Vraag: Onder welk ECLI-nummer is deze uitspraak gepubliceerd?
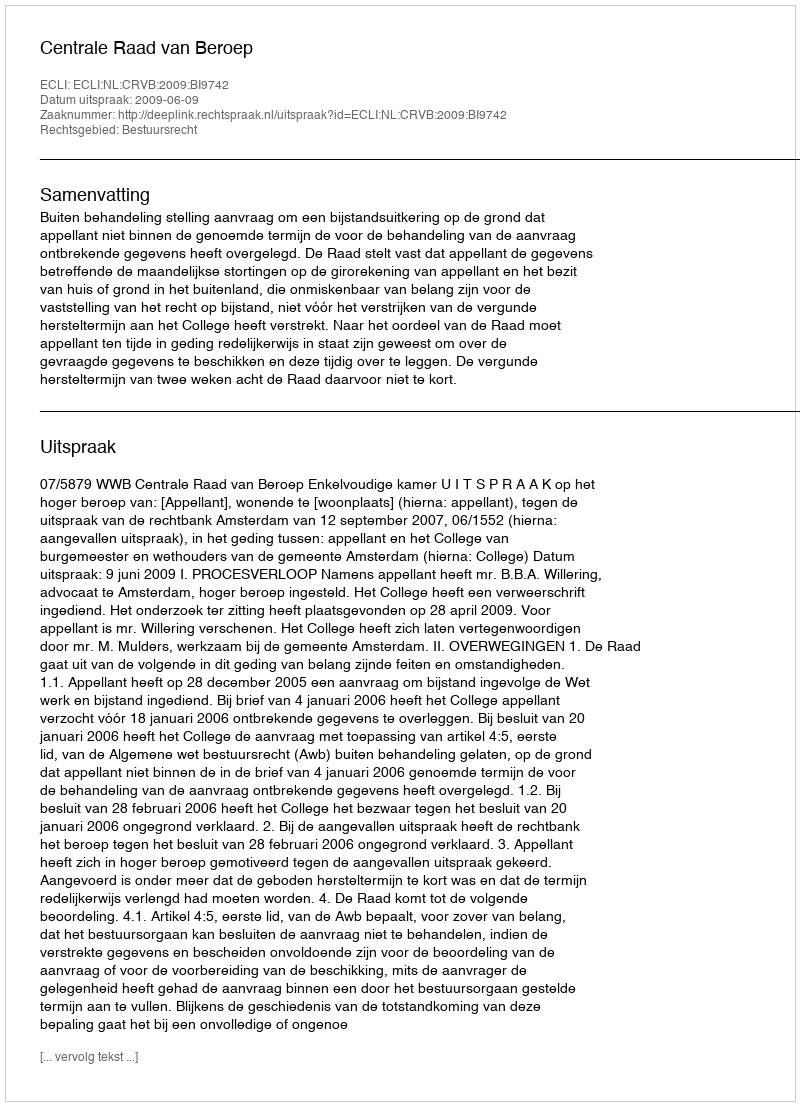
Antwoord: ECLI:NL:CRVB:2009:BI9742